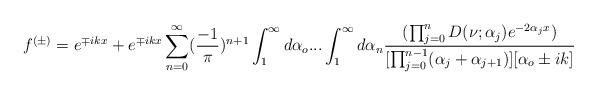
LaTeX: \begin{align*}f^{(\pm)}=e^{\mp ikx}+e^{\mp ikx}\sum_{n=0}^{\infty}(\frac{-1}{\pi})^{n+1}\int_{1}^{\infty}d\alpha_o...\int_{1}^{\infty}d\alpha_n\frac{(\prod_{j=0}^{n}D(\nu;\alpha_j)e^{-2\alpha_jx})}{[\prod_{j=0}^{n-1}(\alpha_j+\alpha_{j+1})][\alpha_o\pm ik]}\end{align*}